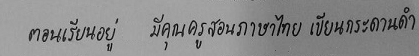
ตอนเรียนอยู่ มีคุณครูสอนภาษาไทย เขียนกระดานดำ